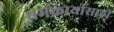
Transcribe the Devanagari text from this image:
धर्मकार्यासाठी